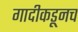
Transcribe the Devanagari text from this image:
गादीकडूनच